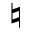
\natural